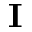
\mathbf I